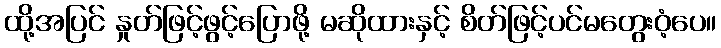
ထို့အပြင် နှုတ်ဖြင့်ဖွင့်ပြောဖို့ မဆိုထားနှင့် စိတ်ဖြင့်ပင်မတွေးဝံ့ပေ။